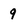
Character: 9